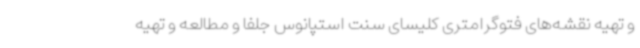
و تهیه نقشه‌های فتوگرامتری کلیسای سنت استپانوس جلفا و مطالعه و تهیه